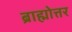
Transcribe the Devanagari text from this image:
ब्राह्मोत्तर